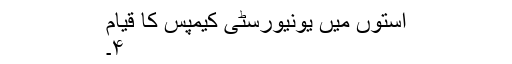
استوں میں یونیورسٹی کیمپس کا قیام
۴۔